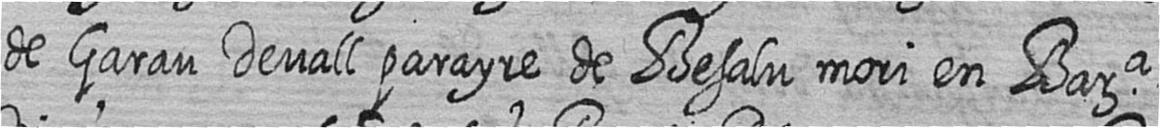
de Garau Devall parayre de Besalu mori en Bara